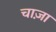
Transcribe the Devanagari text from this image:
चाज़ा